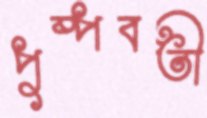
পুষ্পবতী